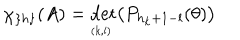
\chi _ { \{ h \} } ( A ) = \det _ { _ { ( k , l ) } } \bigl ( P _ { h _ { k } + 1 - l } ( \theta ) \bigr )